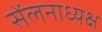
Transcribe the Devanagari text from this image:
सेंलनाध्यक्ष